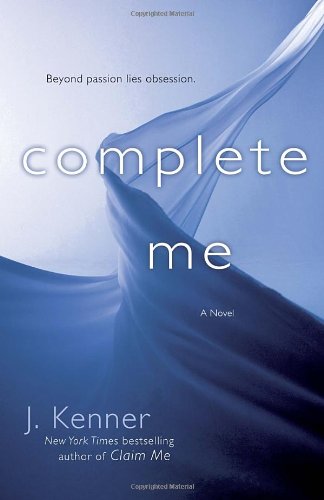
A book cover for Complete Me (The Stark Series #3); J. Kenner; Romance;